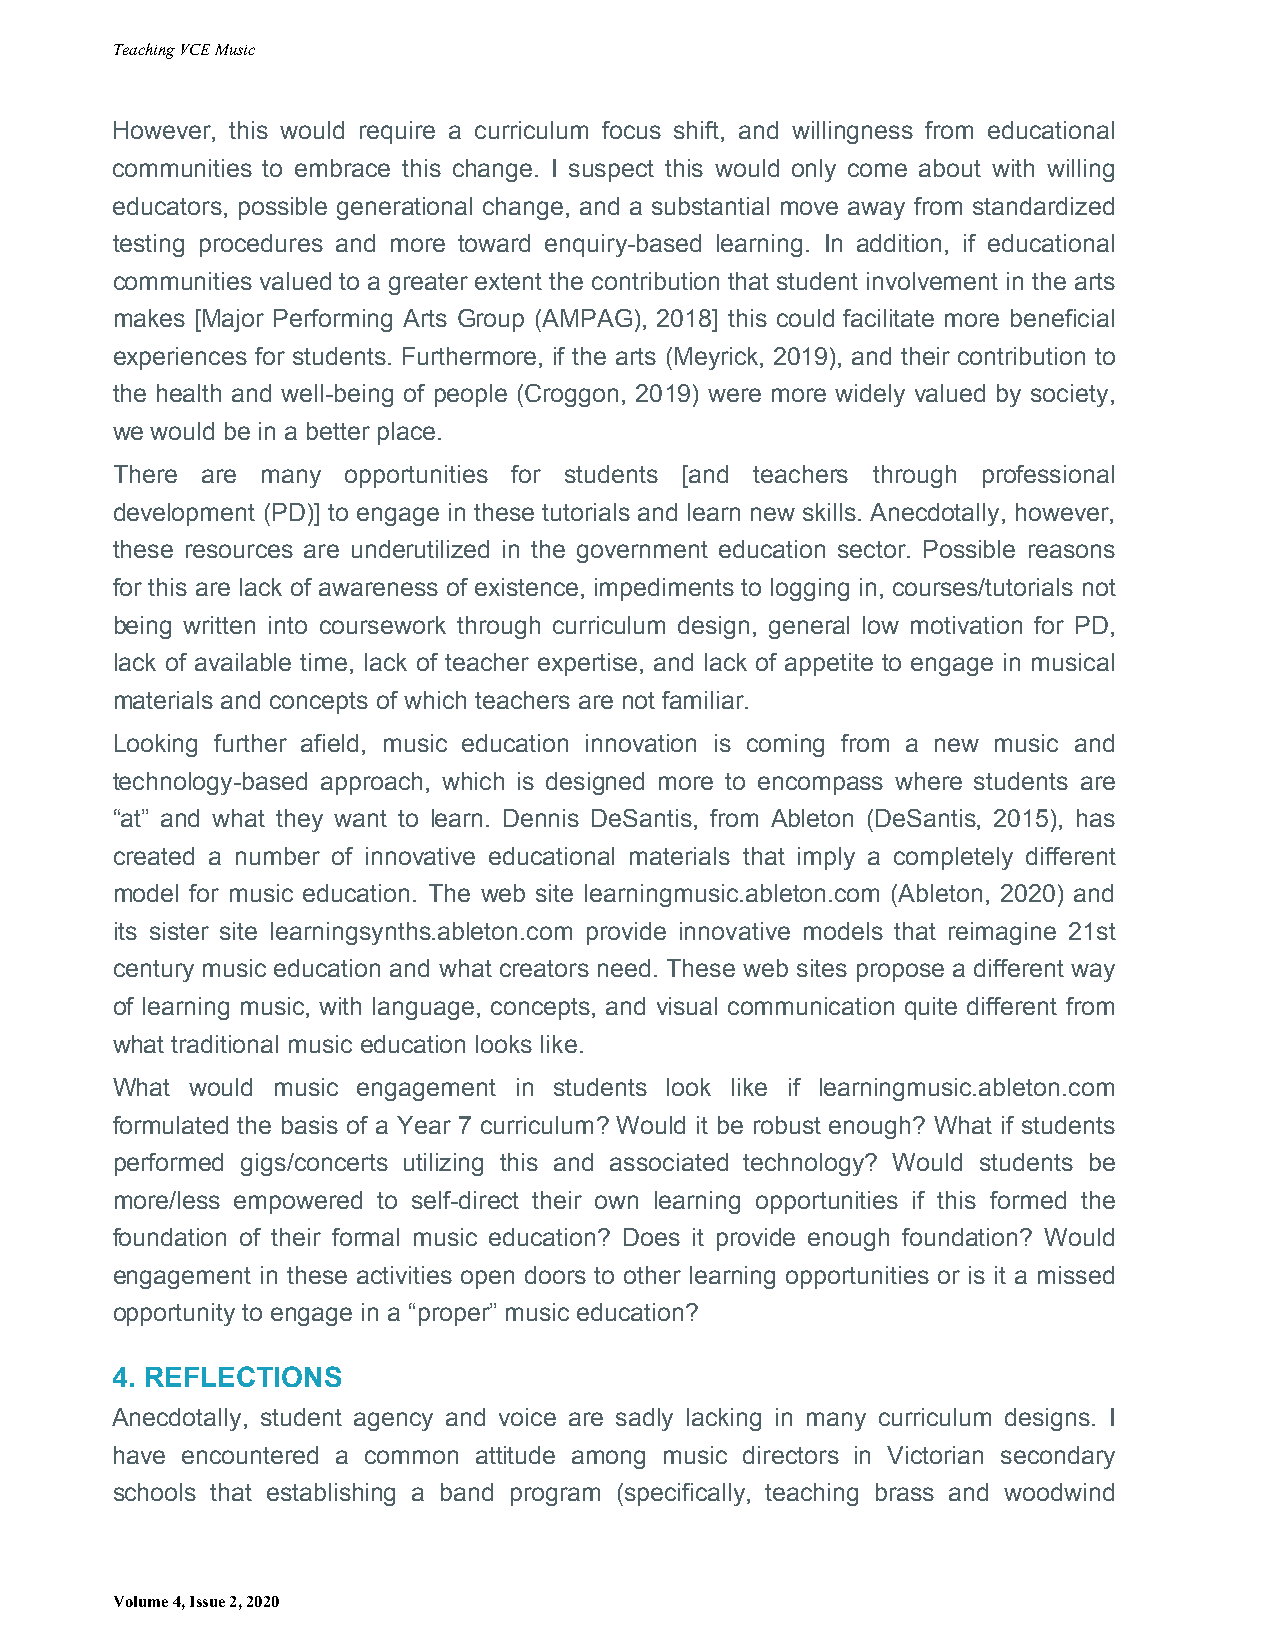
Teaching VCE Music
 However, this would require a curriculum focus shift, and willingness from educational
 communities to embrace this change. I suspect this would only come about with willing
 educators, possible generational change, and a substantial move away from standardized
 testing procedures and more toward enquiry-based learning. In addition, if educational
 communities valued to a greater extent the contribution that student involvement in the arts
 makes [Major Performing Arts Group (AMPAG), 2018] this could facilitate more beneficial
 experiences for students. Furthermore, if the arts (Meyrick, 2019), and their contribution to
 the health and well-being of people (Croggon, 2019) were more widely valued by society,
 we would be in a better place.
 There are many  opportunities for students [and teachers through professional
 development (PD)] to engage in these tutorials and learn new skills. Anecdotally, however,
 these resources are underutilized in the government education sector. Possible reasons
 for this are lack of awareness of existence, impediments to logging in, courses/tutorials not
 being written into coursework through curriculum design, general low motivation for PD,
 lack of available time, lack of teacher expertise, and lack of appetite to engage in musical
 materials and concepts of which teachers are not familiar.
 Looking further afield, music education innovation is coming from a new music and
 technology-based approach, which is designed more to encompass where students are
 “at” and what they want to learn. Dennis DeSantis, from Ableton (DeSantis, 2015), has
 created a number of innovative educational materials that imply a completely different
 model for music education. The web site learningmusic.ableton.com (Ableton, 2020) and
 its sister site learningsynths.ableton.com provide innovative models that reimagine 21st
 century music education and what creators need. These web sites propose a different way
 of learning music, with language, concepts, and visual communication quite different from
 what traditional music education looks like.
 What  would music engagement in students look like if learningmusic.ableton.com
 formulated the basis of a Year 7 curriculum? Would it be robust enough? What if students
 performed gigs/concerts utilizing this and associated technology? Would students be
 more/less empowered to self-direct their own learning opportunities if this formed the
 foundation of their formal music education? Does it provide enough foundation? Would
 engagement in these activities open doors to other learning opportunities or is it a missed
 opportunity to engage in a “proper” music education?
 4. REFLECTIONS
 Anecdotally, student agency and voice are sadly lacking in many curriculum designs. I
 have encountered a common attitude among music directors in Victorian secondary
 schools that establishing a band program (specifically, teaching brass and woodwind
 Volume 4, Issue 2, 2020